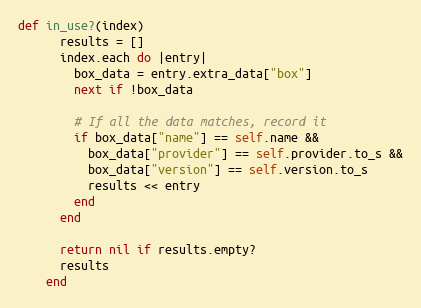
Language: Ruby
def in_use?(index)
      results = []
      index.each do |entry|
        box_data = entry.extra_data["box"]
        next if !box_data

        # If all the data matches, record it
        if box_data["name"] == self.name &&
          box_data["provider"] == self.provider.to_s &&
          box_data["version"] == self.version.to_s
          results << entry
        end
      end

      return nil if results.empty?
      results
    end